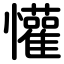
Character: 懽